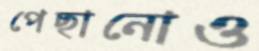
পেছানোও